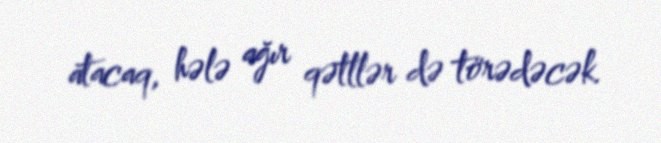
atacaq, hələ ağır qətllər də törədəcək.